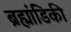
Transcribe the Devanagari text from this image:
ब्रह्मांडिकी